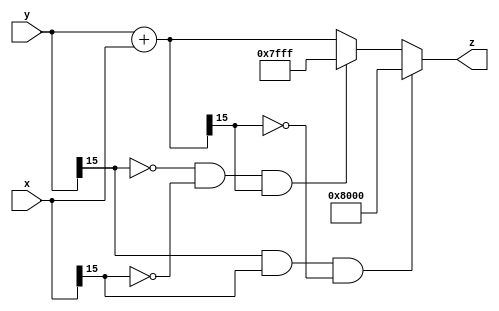

`ifndef ap_adder
`define ap_adder


module ap_adder (input signed[15:0] x,
                 input signed[15:0] y,
                 output reg signed[15:0] z);

wire signed[15:0] tmp;
wire negO,posO;
assign tmp = y + x;
assign posO = (!y[15]) & (!x[15]) & (tmp[15]);
assign negO = (y[15]) & (x[15]) & (!tmp[15]);

always @ ( * ) begin
  if (negO) begin
    z <= $signed(16'b1000_0000_0000_0000);
  end else if(posO) begin
    z <= 16'b0111_1111_1111_1111;
  end else begin
    z <= tmp;
  end
end

endmodule

`endif